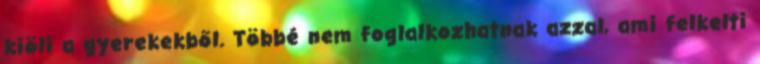
kiöli a gyerekekből. Többé nem foglalkozhatnak azzal, ami felkelti